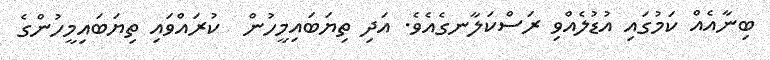
ބިނާއެއް ކަމުގައި އުޑުލެއްވި ރަސްކަލާނގެއެވެ. އަދި ތިޔަބައިމީހުން  ކުރައްވައި ތިޔަބައިމީހުންގެ